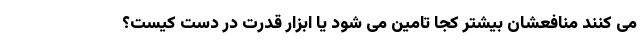
می کنند منافعشان بیشتر کجا تامین می شود یا ابزار قدرت در دست کیست؟